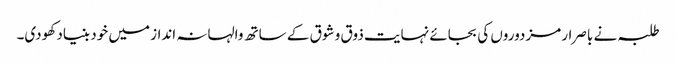
طلبہ نے باصرار مزدوروں کی بجائے نہایت ذوق و شوق کے ساتھ والہانہ انداز میں خود بنیاد کھودی۔